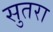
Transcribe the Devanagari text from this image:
सुतरा